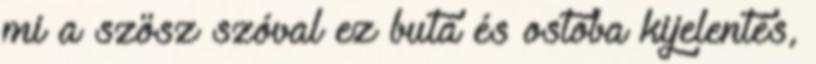
mi a szösz szóval ez buta és ostoba kijelentés,